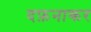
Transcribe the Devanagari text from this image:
दफ़नाकर